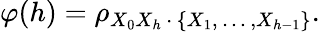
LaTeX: \varphi(h)=\rho_{X_{0}X_{h}\, \cdot\, \{ X_{1},\, \dots\, ,X_{h-1}\} }.